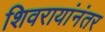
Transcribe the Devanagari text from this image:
शिवरायांनंतर